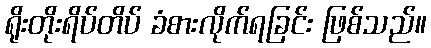
ရိုးတိုးရိပ်တိပ် ခံစားလိုက်ရခြင်း ဖြစ်သည်။